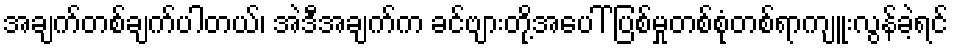
အချက်တစ်ချက်ပါတယ်၊ အဲဒီအချက်က ခင်ဗျားတို့အပေါ် ပြစ်မှုတစ်စုံတစ်ရာကျူးလွန်ခဲ့ရင်